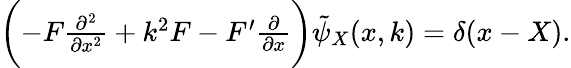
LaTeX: \begin{array}{r}{\biggl(-F\frac{\partial^{2}}{\partial x^{2}}+k^{2}F-F^{\prime}\frac{\partial}{\partial x}\biggr)\tilde{\psi}_{X}(x,k)=\delta(x-X).}\end{array}